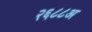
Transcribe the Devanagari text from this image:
२६८८अ